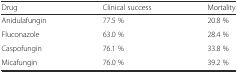
| Drug | Clinical success | Mortality |
 | --- | --- | --- |
 | Anidulafungin | 77.5 % | 20.8 % |
 | Fluconazole | 63.0 % | 28.4 % |
 | Caspofungin | 76.1 % | 33.8 % |
 | Micafungin | 76.0 % | 39.2 % |